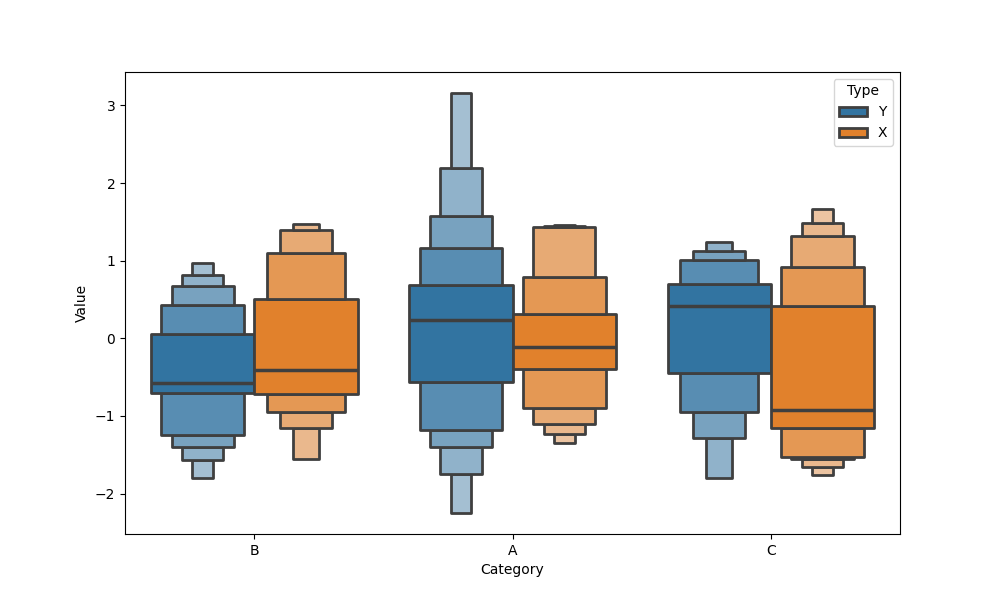
python, seaborn, boxenplot, k_depth='full', linewidth=2, scale='linear', outlier_prop=0.1, showfliers=False